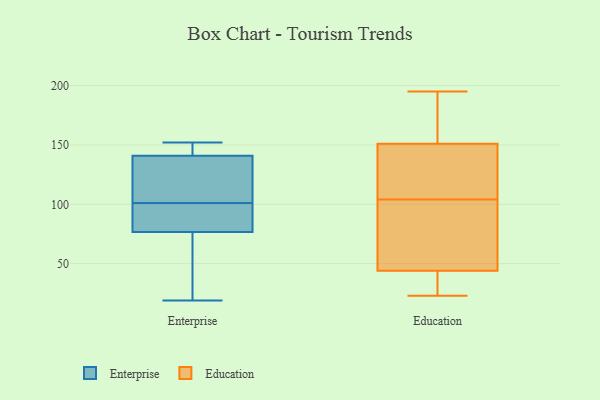
{"axis": {"x": "Demand Index", "y": "Value"}, "legend": ["Education", "Enterprise"], "data": [{"x": "", "y": 96, "type": "Enterprise"}, {"x": "", "y": 72, "type": "Enterprise"}, {"x": "", "y": 109, "type": "Enterprise"}, {"x": "", "y": 91, "type": "Enterprise"}, {"x": "", "y": 135, "type": "Enterprise"}, {"x": "", "y": 143, "type": "Enterprise"}, {"x": "", "y": 19, "type": "Enterprise"}, {"x": "", "y": 152, "type": "Enterprise"}, {"x": "", "y": 101, "type": "Enterprise"}, {"x": "", "y": 151, "type": "Enterprise"}, {"x": "", "y": 49, "type": "Enterprise"}, {"x": "", "y": 23, "type": "Education"}, {"x": "", "y": 58, "type": "Education"}, {"x": "", "y": 130, "type": "Education"}, {"x": "", "y": 195, "type": "Education"}, {"x": "", "y": 48, "type": "Education"}, {"x": "", "y": 152, "type": "Education"}, {"x": "", "y": 151, "type": "Education"}, {"x": "", "y": 161, "type": "Education"}, {"x": "", "y": 30, "type": "Education"}, {"x": "", "y": 42, "type": "Education"}, {"x": "", "y": 92, "type": "Education"}, {"x": "", "y": 139, "type": "Education"}, {"x": "", "y": 116, "type": "Education"}, {"x": "", "y": 44, "type": "Education"}]}